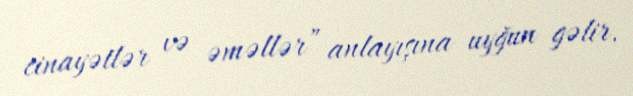
cinayətlər və əməllər” anlayışına uyğun gəlir.